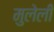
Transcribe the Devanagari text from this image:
मुलेली